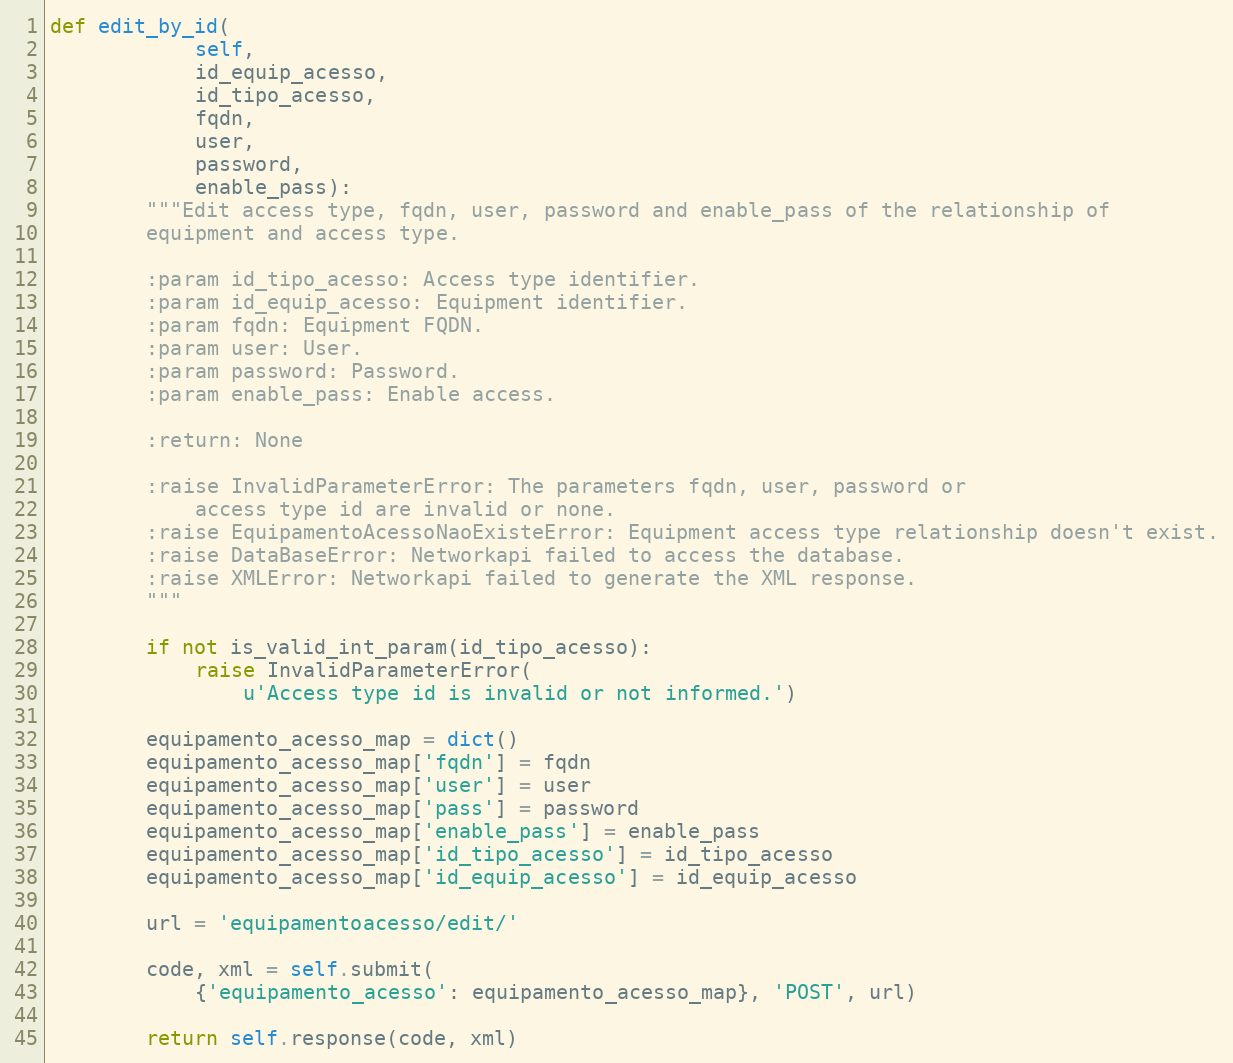
Language: Python
def edit_by_id(
            self,
            id_equip_acesso,
            id_tipo_acesso,
            fqdn,
            user,
            password,
            enable_pass):
        """Edit access type, fqdn, user, password and enable_pass of the relationship of
        equipment and access type.

        :param id_tipo_acesso: Access type identifier.
        :param id_equip_acesso: Equipment identifier.
        :param fqdn: Equipment FQDN.
        :param user: User.
        :param password: Password.
        :param enable_pass: Enable access.

        :return: None

        :raise InvalidParameterError: The parameters fqdn, user, password or
            access type id are invalid or none.
        :raise EquipamentoAcessoNaoExisteError: Equipment access type relationship doesn't exist.
        :raise DataBaseError: Networkapi failed to access the database.
        :raise XMLError: Networkapi failed to generate the XML response.
        """

        if not is_valid_int_param(id_tipo_acesso):
            raise InvalidParameterError(
                u'Access type id is invalid or not informed.')

        equipamento_acesso_map = dict()
        equipamento_acesso_map['fqdn'] = fqdn
        equipamento_acesso_map['user'] = user
        equipamento_acesso_map['pass'] = password
        equipamento_acesso_map['enable_pass'] = enable_pass
        equipamento_acesso_map['id_tipo_acesso'] = id_tipo_acesso
        equipamento_acesso_map['id_equip_acesso'] = id_equip_acesso

        url = 'equipamentoacesso/edit/'

        code, xml = self.submit(
            {'equipamento_acesso': equipamento_acesso_map}, 'POST', url)

        return self.response(code, xml)